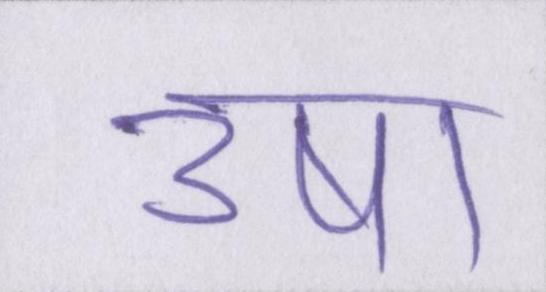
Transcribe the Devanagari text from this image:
उषा